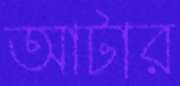
আটার